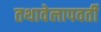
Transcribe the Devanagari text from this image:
तथावेलापवर्ती